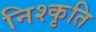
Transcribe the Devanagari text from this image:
निश्कृति